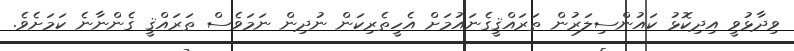
ވިދާޅުވީ އިދިކޮޅު ކައުންސިލަރުން ތަރައްޤީގެނައުމަށް އެހީތެރިކަން ނުދިން ނަމަވެސް ތަރައްޤީ ގެންނާނެ ކަމަށެވެ.